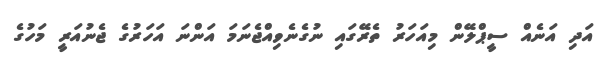
އަދި އަނެއް ސީޕްލޭން މިއަހަރު ތެރޭގައި ނުގެނެވިއްޖެނަމަ އަންނަ އަހަރުގެ ޖެނުއަރީ މަހުގެ